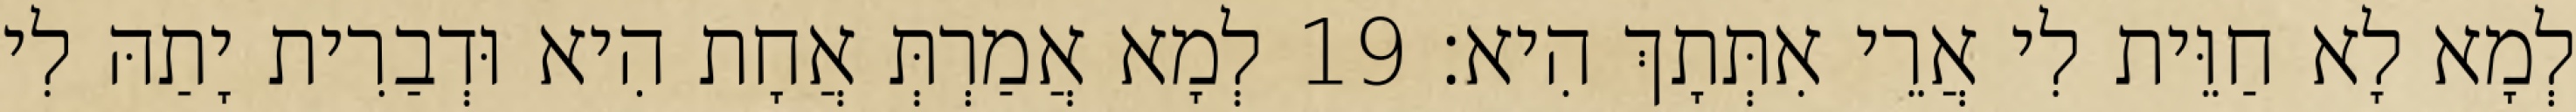
לְמָא לָא חַוֵּית לִי אֲרֵי אִתְּתָךְ הִיא׃ 19 לְמָא אֲמַרְתְּ אֲחָת הִיא וּדְבַרִית יָתַהּ לִי